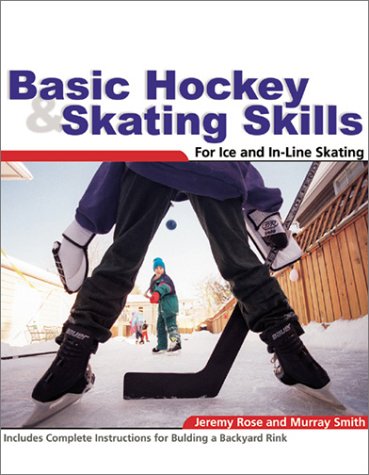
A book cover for Basic Hockey and Skating Skills; Jeremy Rose; Teen & Young Adult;